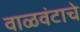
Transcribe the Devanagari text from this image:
वाळवंटाचे